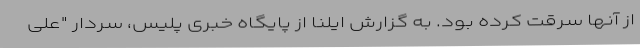
از آنها سرقت کرده بود. به گزارش ایلنا از پایگاه خبری پلیس، سردار "علی